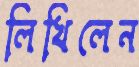
লিখিলেন